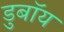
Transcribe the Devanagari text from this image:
डुबॉय